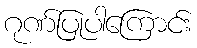
ဂုဏ်ပြုပါကြောင်း